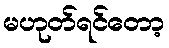
မဟုတ်ရင်တော့